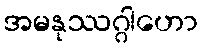
အမနုဿဂ္ဂါဟော